Problem: 19 + 21 = ?
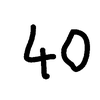
Handwritten answer: 40